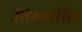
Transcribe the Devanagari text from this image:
तिरुवातिर